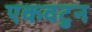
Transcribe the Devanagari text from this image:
एकवटुन